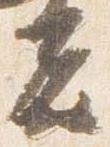
者